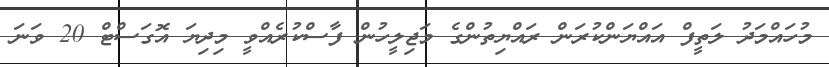
މުހައްމަދު ލަތީފް އައްޔަންކުރަން ރައްޔިތުންގެ މަޖިލީހުން ފާސްކުރެއްވީ މިދިޔަ އޮގަސްޓް 20 ވަނަ